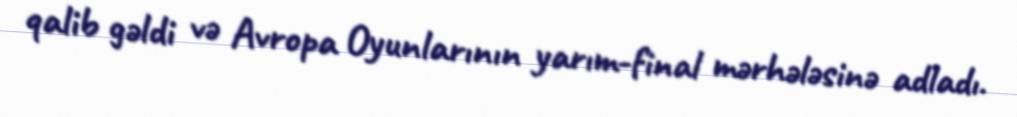
qalib gəldi və Avropa Oyunlarının yarım-final mərhələsinə adladı.